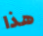
هذا